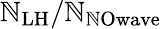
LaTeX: \mathbb{N}_{\mathrm{{LH}}}/\mathbb{N}_{\mathrm{{\mathbb{N}Owave}}}